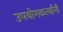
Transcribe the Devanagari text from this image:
उपयोगकर्त्यांनी